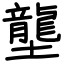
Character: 壟